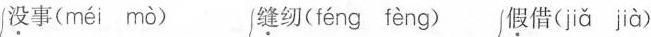
没事( méi mò ) 缝纫( féng fèng ) 假借( jiǎ jìà )